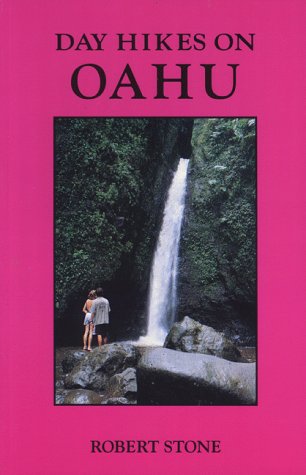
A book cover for Day Hikes on Oahu; Robert Stone; Travel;